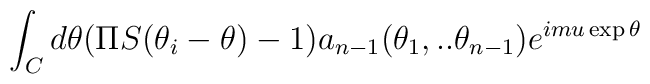
\int_{C}d\theta (\Pi S(\theta _{i}-\theta )-1)a_{n-1}(\theta _{1},..\theta_{n-1})e^{imu\exp \theta }